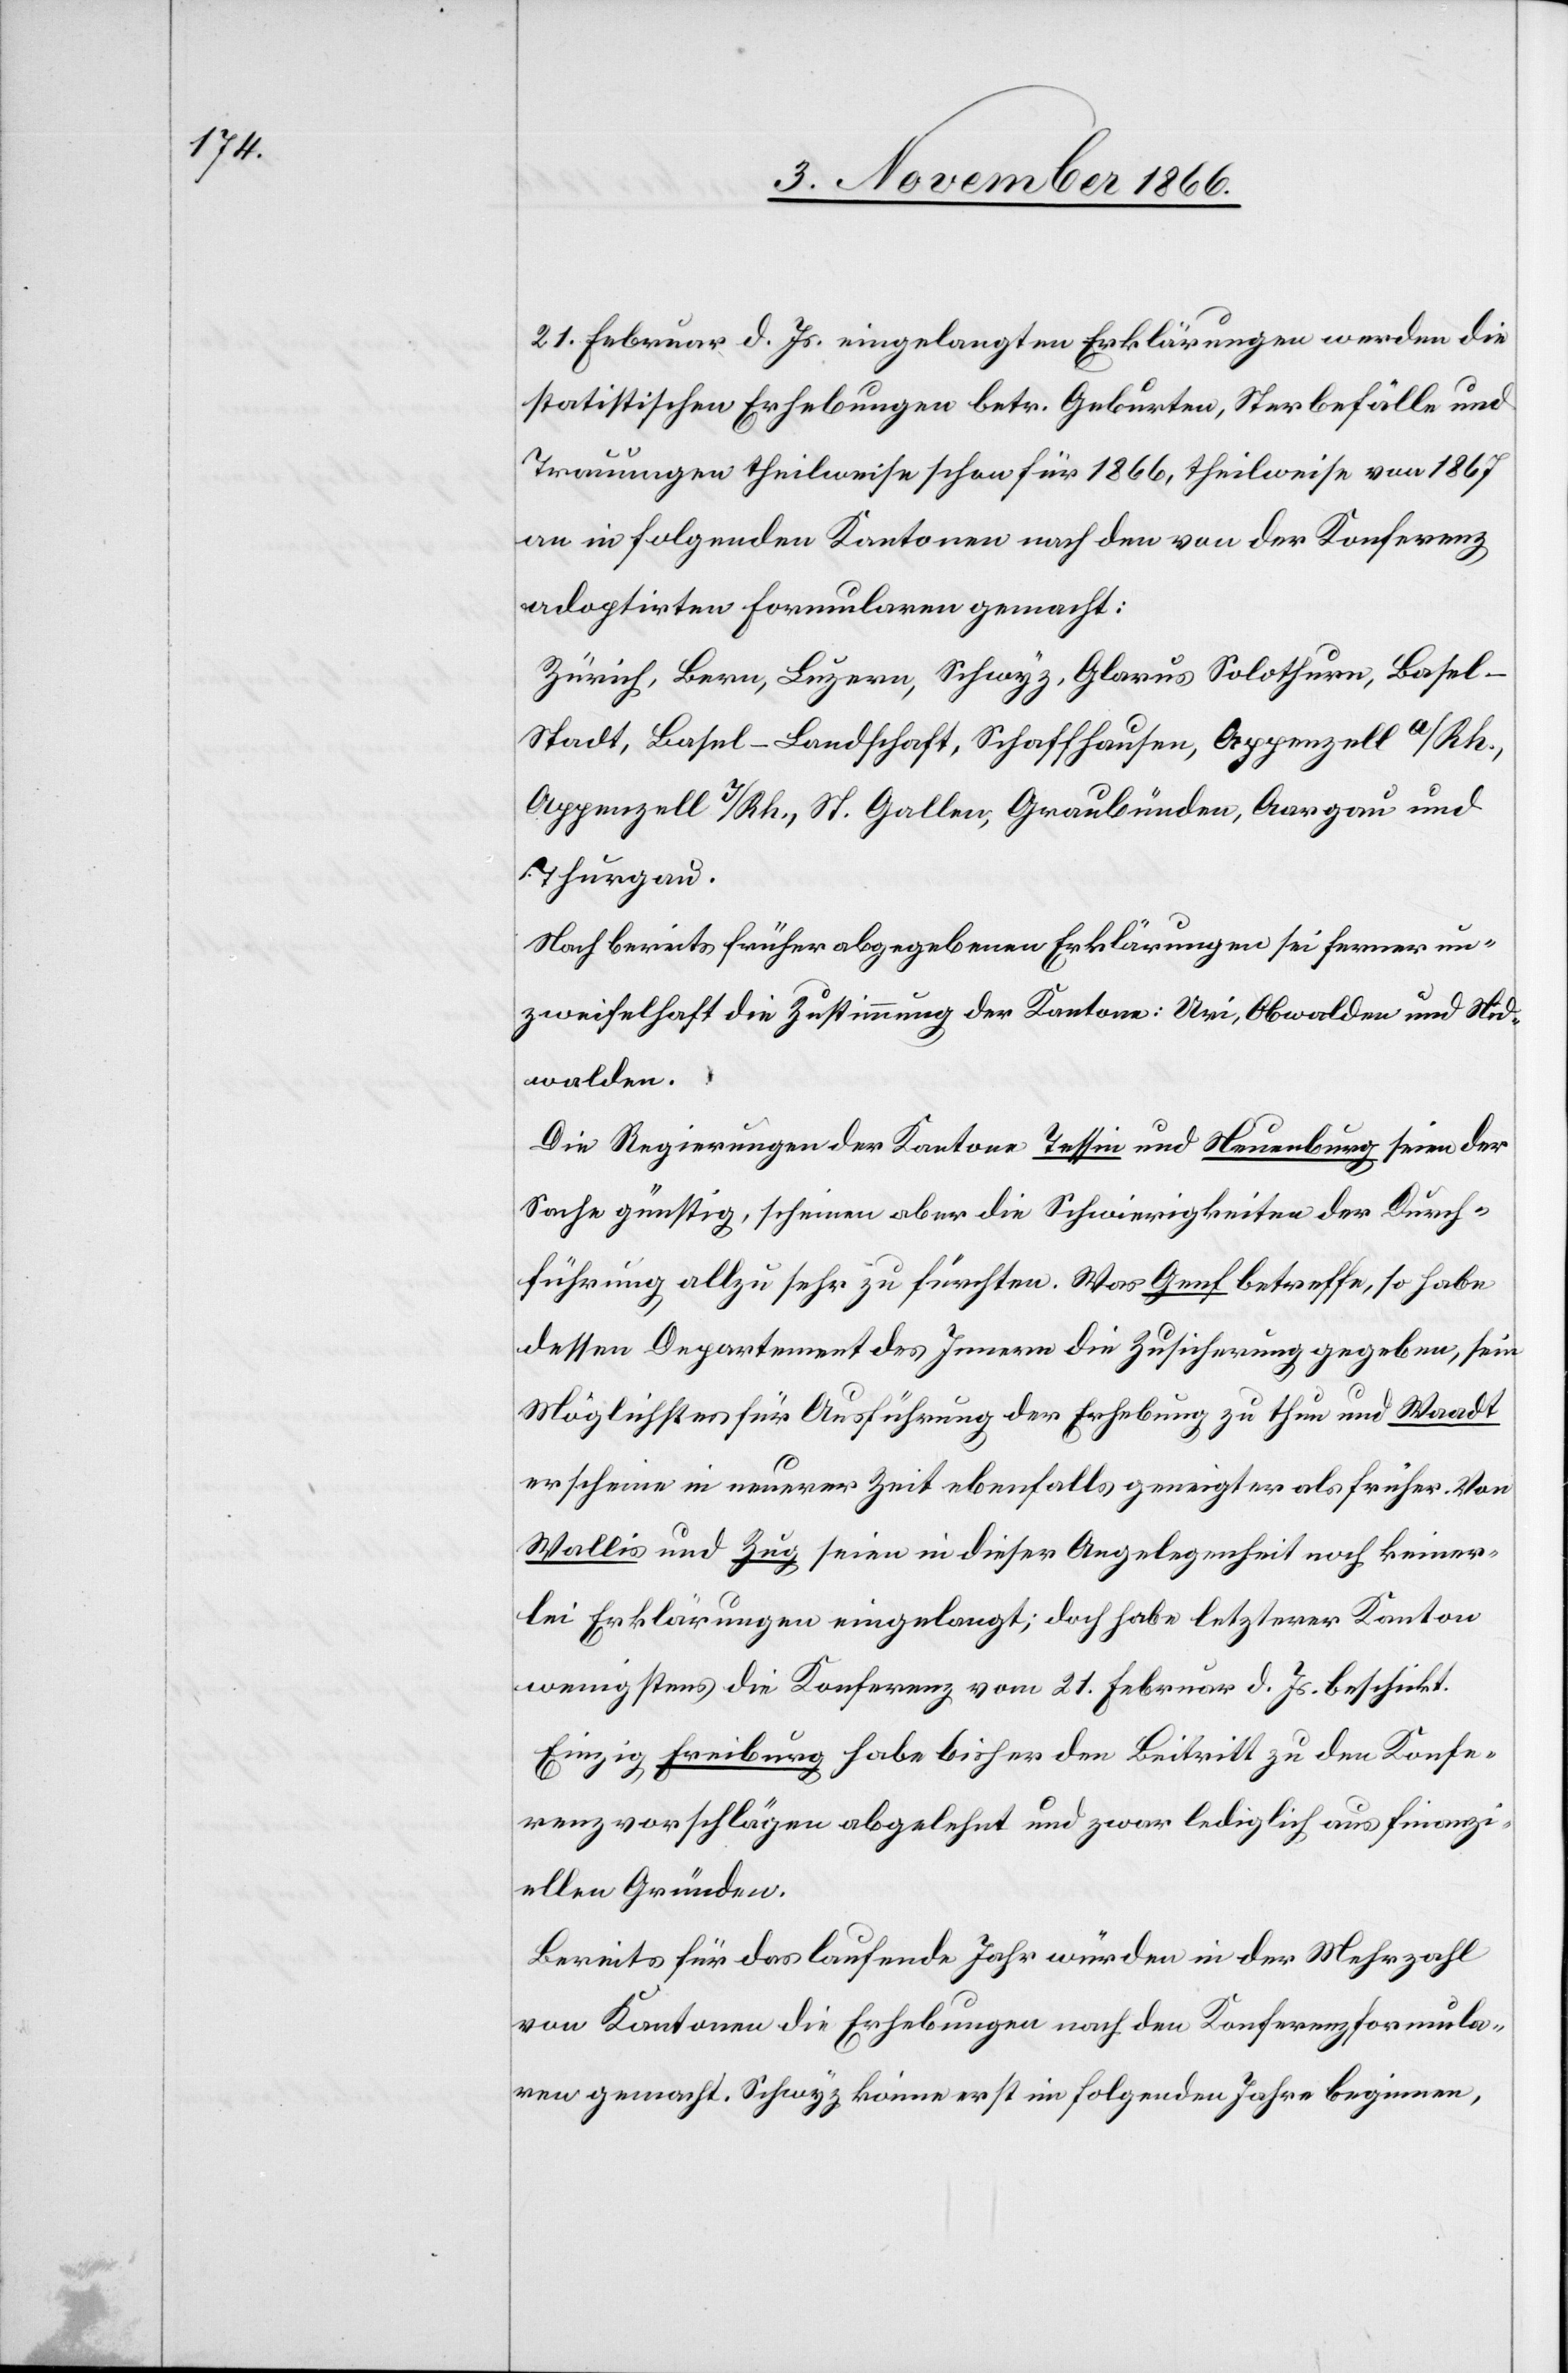
21. Februar d. Js. eingelangten Erklärungen werden die
statistischen Erhebungen betr. Geburten, Sterbefälle und
Trauungen theilweise schon für 1866, theilweise von 1867
an in folgenden Kantonen nach den von der Konferenz
adoptirten Formularen gemacht:
Zürich, Bern, Luzern, Schwyz, Glarus, Solothurn, Basel-S¬
tadt, Basel-Landschaft, Schaffhausen, Appenzell a/Rh.,
Appenzell I/Rh., St. Gallen, Graubünden, Aargau und
Thurgau.
Nach bereits früher abgegebenen Erklärungen sei ferner un¬
zweifelhaft die Zustimmung der Kantone: Uri, Obwalden und Nid¬
walden.
Die Regierungen der Kantone Tessin und Neuenburg seien der
Sache günstig, scheinen aber die Schwierigkeiten der Durch¬
führung allzu sehr zu fürchten. Was Genf betreffe, so habe
dessen Departement des Innern die Zusicherung gegeben, sein
Möglichstes für Ausführung der Erhebung zu thun und Waadt
erscheine in neuerer Zeit ebenfalls geneigter als früher. Von
Wallis und Zug seien in dieser Angelegenheit noch keiner¬
lei Erklärungen eingelangt; doch habe letzterer Kanton
wenigstens die Konferenz vom 21. Februar d. Js. beschickt.
Einzig Freiburg habe bisher den Beitritt zu den Konfe¬
renzvorschlägen abgelehnt und zwar lediglich aus finanzi¬
ellen Gründen.
Bereits für das laufende Jahr würden in der Mehrzahl
von Kantonen die Erhebungen nach den Konferenzformula¬
ren gemacht. Schwyz könne erst im folgenden Jahre beginnen,